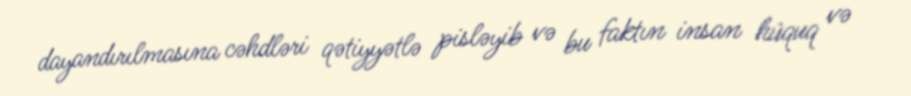
dayandırılmasına cəhdləri qətiyyətlə pisləyib və bu faktın insan hüquq və